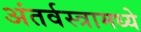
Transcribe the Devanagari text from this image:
अंतर्वस्त्रामध्ये